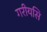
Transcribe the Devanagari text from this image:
गरीयसि